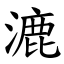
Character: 漉